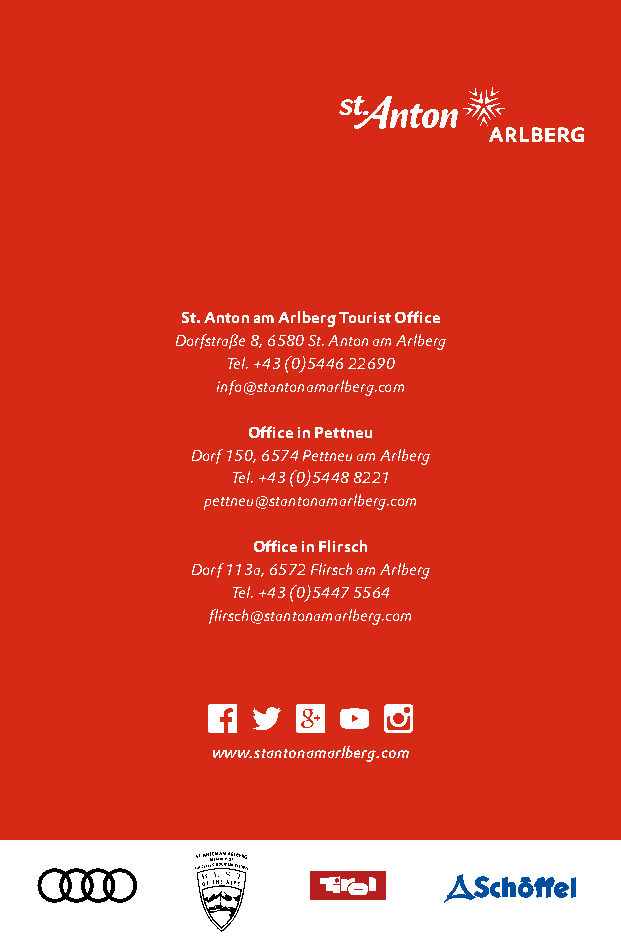
St. Anton am Arlberg Tourist Office
 Dorfstraße 8, 6580 St. Anton am Arlberg
 Tel. +43 (0)5446 22690
 info@stantonamarlberg.com
 Office in Pettneu
 Dorf 150, 6574 Pettneu am Arlberg
 Tel. +43 (0)5448 8221
 pettneu@stantonamarlberg.com
 Office in Flirsch
 Dorf 113a, 6572 Flirsch am Arlberg
 Tel. +43 (0)5447 5564
 flirsch@stantonamarlberg.com
 www.stantonamarlberg.com